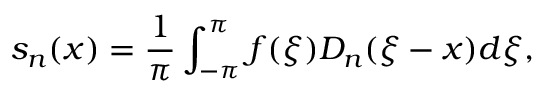
s _ { n } ( x ) = \frac { 1 } { \pi } \int _ { - \pi } ^ { \pi } f ( \xi ) D _ { n } ( \xi - x ) d \xi ,